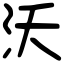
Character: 沃